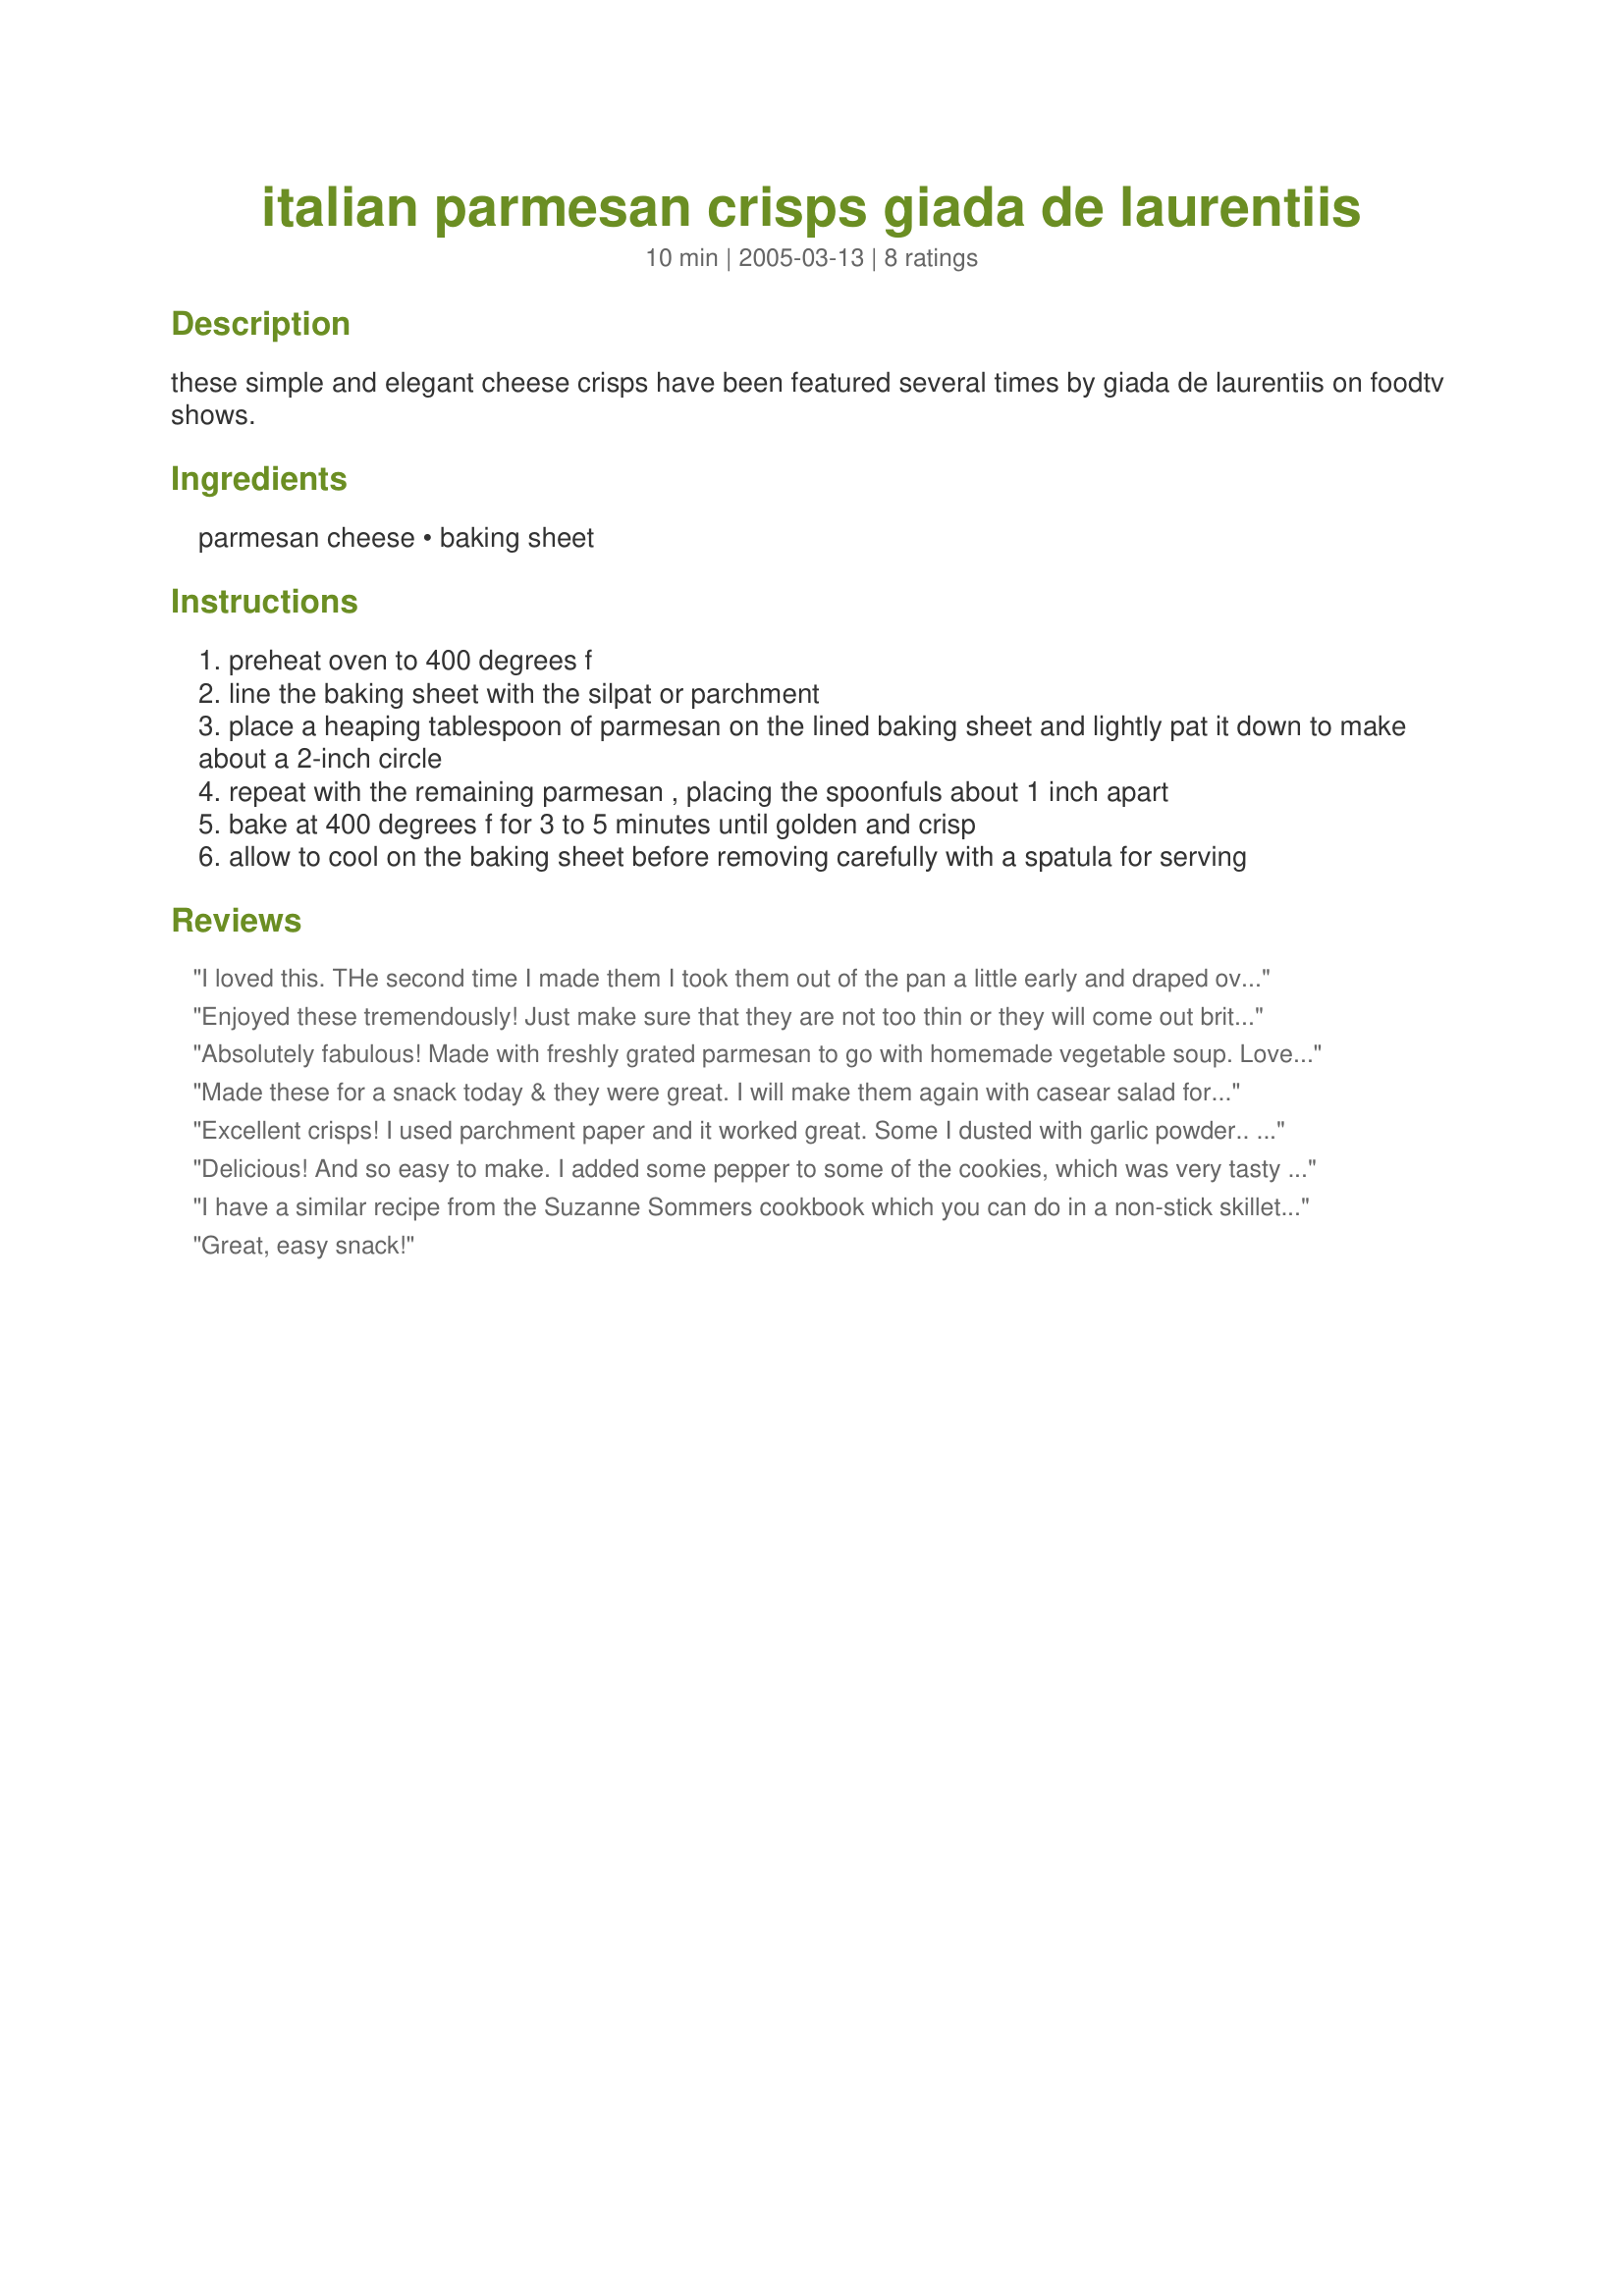
italian parmesan crisps giada de laurentiis
Preparation time: 10 minutes

these simple and elegant cheese crisps have been featured several times by giada de laurentiis on foodtv shows.

Ingredients:
parmesan cheese, baking sheet

Steps:
preheat oven to 400 degrees f
line the baking sheet with the silpat or parchment
place a heaping tablespoon of parmesan on the lined baking sheet and lightly pat it down to make about a 2-inch circle
repeat with the remaining parmesan , placing the spoonfuls about 1 inch apart
bake at 400 degrees f for 3 to 5 minutes until golden and crisp
allow to cool on the baking sheet before removing carefully with a spatula for serving

Reviews:
I loved this. THe second time I made them I took them out of the pan a little early and draped over a small bowl and actually made a bowl and put salad in it~
Enjoyed these tremendously! Just make sure that they are not too thin or they will come out brittle! I sprinkled a little black pepper on them, which turned out really nice! Thanks for the posting!
Absolutely fabulous! Made with freshly grated parmesan to go with homemade vegetable soup. Loved how easy these are to prepare, how delicious they taste, and how cool they look -- very lacy and gourmet! Thanks, Julesong, for sharing!
Made these for a snack today & they were great. I will make them again with casear salad for a nice dinner party. Thanks for the easy & delicious recipe.
Excellent crisps! I used parchment paper and it worked great. Some I dusted with garlic powder.. some I put dill seed and other I dusted with cayenne pepper. These are great with a cocktail. So easy to make, too.
Delicious! And so easy to make. I added some pepper to some of the cookies, which was very tasty too.
Thanks. ^_^
I have a similar recipe from the Suzanne Sommers cookbook which you can do in a non-stick skillet on the stove top. Great tasting!
Great, easy snack!
